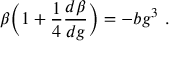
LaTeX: \beta \biggl ( 1 + { \frac { 1 } { 4 } } { \frac { d \beta } { d g } } \biggr ) = - b g ^ { 3 } ~ .